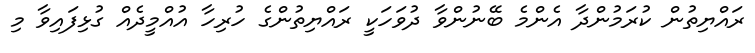
ރައްޔިތުން ކުރަމުންދާ އެންމެ ބޭނުންވާ ދުވަހަކީ ރައްޔިތުންގެ ހުރިހާ އުއްމީދެއް ގުޅިފައިވާ މި